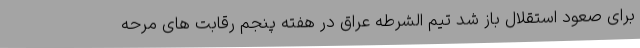
برای صعود استقلال باز شد تیم الشرطه عراق در هفته پنجم رقابت‌ های مرحه